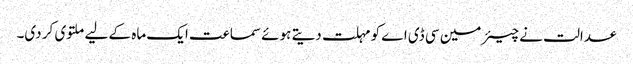
عدالت نے چیئرمین سی ڈی اے کو مہلت دیتے ہوئے سماعت ایک ماہ کے لیے ملتوی کر دی۔